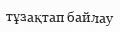
тұзақтап байлау